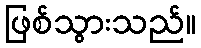
ဖြစ်သွားသည်။